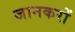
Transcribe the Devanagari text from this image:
जानकरों